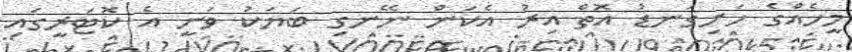
މީހެއްގެ ހަށިގަނޑު އޮތް އިރު އެކަން ނޭނގި ބަޔަކު ވަނީ އެ ކޮޓަރީގައި